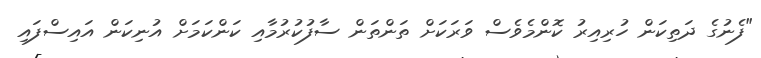
"ފެނުގެ ދަތިކަން ހުރިއިރު ކޮންމެވެސް ވަރަކަށް ތަންތަން ސާފުކުރުމާއި ކަންކަމަށް އުނިކަން އައިސްފައި